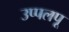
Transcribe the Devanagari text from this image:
उप्पलपू